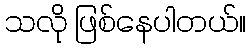
သလို ဖြစ်နေပါတယ်။